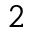
^ { 2 }